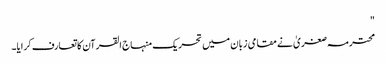
"
محترمہ صغریٰ نے مقامی زبان میں تحریک منہاج القرآن کا تعارف کرایا۔